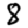
Digit: 8